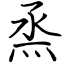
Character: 烝